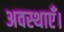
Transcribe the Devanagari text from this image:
अवस्थाएँ।